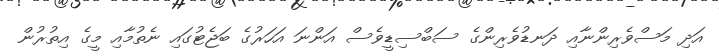
އަދި މަސްވެރިންނާއި ދަނޑުވެރިންގެ ސަބްސިޑީވެސް އަންނަ އަހަރުގެ ބަޖެޓުގައި ނެތުމާއި މީގެ އިތުރުން